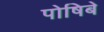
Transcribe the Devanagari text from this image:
पोषिबे